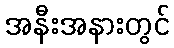
အနီးအနားတွင်